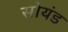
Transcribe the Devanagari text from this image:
सोयंड